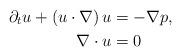
LaTeX: \begin{align*} \partial_t u + (u\cdot \nabla) \,u &= -\nabla p, \\ \nabla \cdot u & = 0 \end{align*}